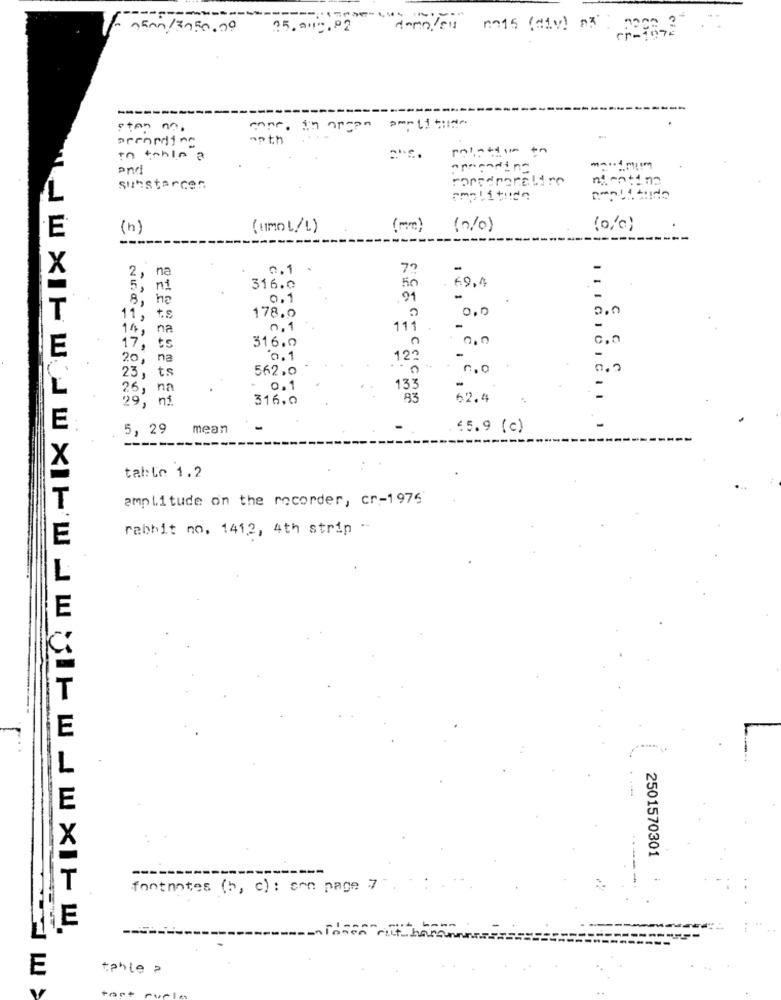
- namn/3050.00
25. 000, 02
stan no.
mnr. in organ amplitude
prendine
no th
polation to
in tehin a
and
apreading
rorsenerelire
sunstarcen
(n)
(IMOL/L)
( mm)
(0/0)
(0,c)
----
0,1
2,
5, ni
316.0
50
. 69,4
, he
0.1
91
-
11 , to
178.0
0,0
; na
0.1
111
0.0
17 , ts
316.0
20, na
0.1
12 ?
-
562,0
n .0
23, ts
-
26, na
- 0.1
133
29, ni
316,0
83
62.4
-
5, 29 mean
€5.9 (c)
------
table 1.2
amplitude on the recorder, cr-1976
rabbit no, 141,2, 4th strin --
L
E
2501570301
fontnates (b, c) : con page 7
E
E
tahle >